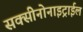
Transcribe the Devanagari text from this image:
सक्सीनोनाइट्राईल